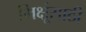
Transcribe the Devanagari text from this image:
भिक्षूंसाठी